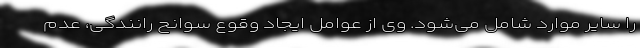
را سایر موارد شامل می‌شود. وی از عوامل ایجاد وقوع سوانح رانندگی، عدم